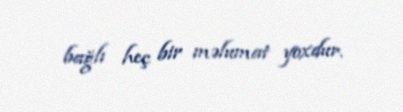
bağlı heç bir məlumat yoxdur.